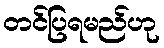
တင်ပြရမည်ဟု